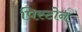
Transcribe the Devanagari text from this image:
पिस्टोन